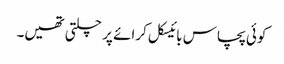
کوئی پچاس بائیسکل کرائے پر چلتی تھیں۔